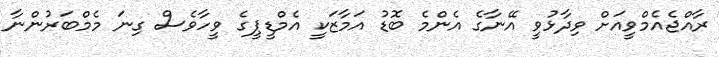
ރާއްޖެއެމްވީއަށް ވިދާޅުވީ އޭނާގެ އެންމެ ބޮޑު އަމާޒަކީ އެމްޑީޕީގެ ވީހާވެސް ގިނަ މެމްބަރުންނާ